Source: Handwritten
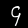
Digit: ၄ (4)